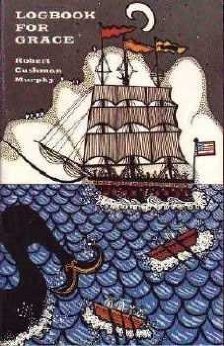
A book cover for Logbook for Grace: Whaling brig Daisy, 1912-1913 (Time reading program special edition); Robert Cushman Murphy; Travel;